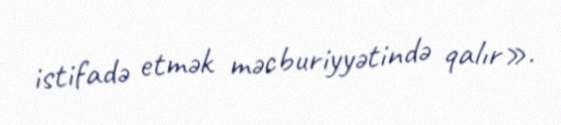
istifadə etmək məcburiyyətində qalır».